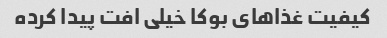
کیفیت غذاهای بوکا خیلی افت پیدا کرده